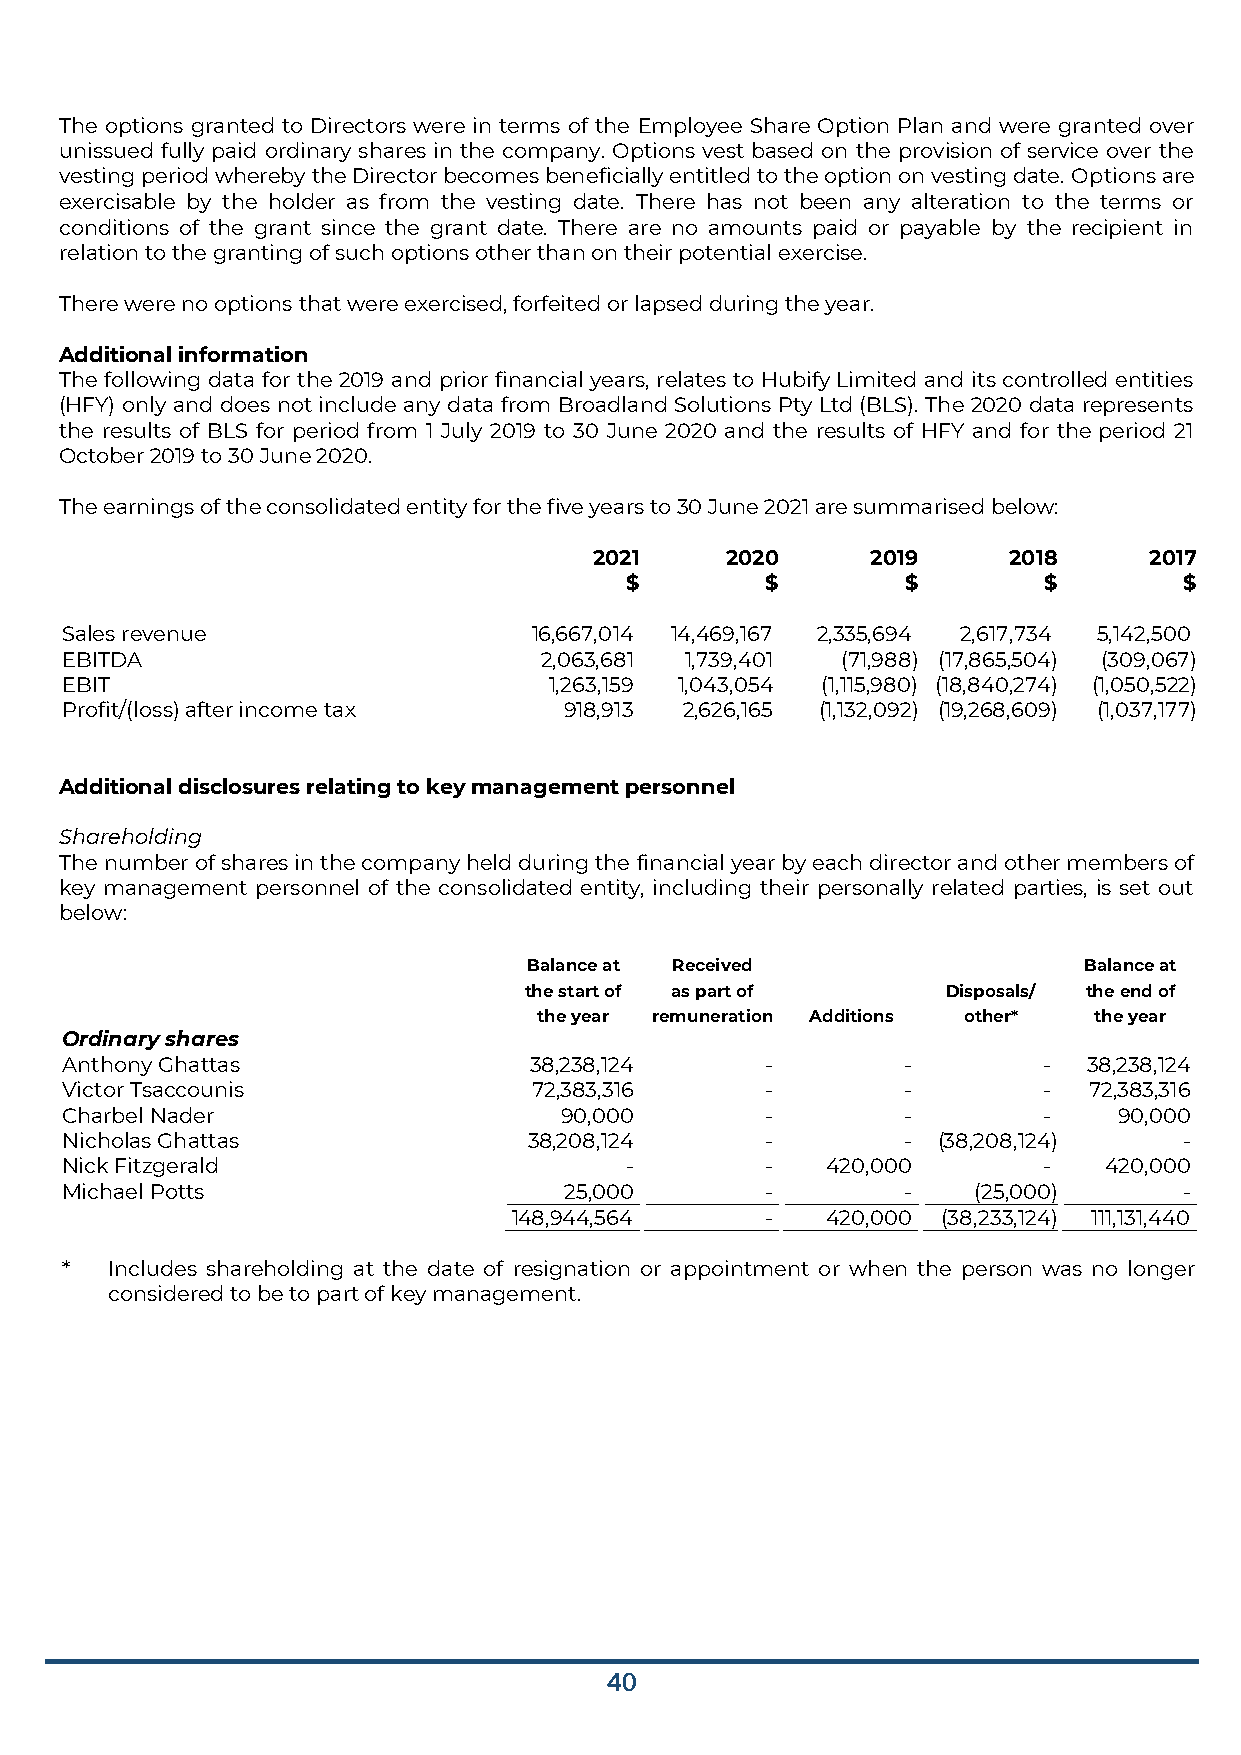
The options granted to Directors were in terms of the Employee Share Option Plan and were granted over
 unissued fully paid ordinary shares in the company. Options vest based on the provision of service over the
 vesting period whereby the Director becomes beneficially entitled to the option on vesting date. Options are
 exercisable by the holder as from the vesting date. There has not been any alteration to the terms or
 conditions of the grant since the grant date. There are no amounts paid or payable by the recipient in
 relation to the granting of such options other than on their potential exercise.
 There were no options that were exercised, forfeited or lapsed during the year.
 Additional information
 The following data for the 2019 and prior financial years, relates to Hubify Limited and its controlled entities
 (HFY) only and does not include any data from Broadland Solutions Pty Ltd (BLS). The 2020 data represents
 the results of BLS for period from 1 July 2019 to 30 June 2020 and the results of HFY and for the period 21
 October 2019 to 30 June 2020.
 The earnings of the consolidated entity for the five years to 30 June 2021 are summarised below:
 2021     2020      2019     2018     2017
 $         $        $        $        $
 Sales revenue                  16,667,014 14,469,167 2,335,694 2,617,734 5,142,500
 EBITDA                          2,063,681 1,739,401 (71,988) (17,865,504) (309,067)
 EBIT                            1,263,159 1,043,054 (1,115,980) (18,840,274) (1,050,522)
 Profit/(loss) after income tax   918,913 2,626,165 (1,132,092) (19,268,609) (1,037,177)
 Additional disclosures relating to key management personnel
 Shareholding
 The number of shares in the company held during the financial year by each director and other members of
 key management personnel of the consolidated entity, including their personally related parties, is set out
 below:
 Balance at Received                  Balance at
 the start of as part of     Disposals/ the end of
 the year remuneration Additions other* the year
 Ordinary shares
 Anthony Ghattas                38,238,124      -        -        -  38,238,124
 Victor Tsaccounis              72,383,316      -        -        -  72,383,316
 Charbel Nader                    90,000        -        -        -    90,000
 Nicholas Ghattas               38,208,124      -        - (38,208,124)    -
 Nick Fitzgerald                      -         -   420,000       -   420,000
 Michael Potts                    25,000        -        -   (25,000)      -
 148,944,564      -   420,000 (38,233,124) 111,131,440
 *  Includes shareholding at the date of resignation or appointment or when the person was no longer
 considered to be to part of key management.
 40